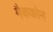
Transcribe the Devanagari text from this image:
मैककोन